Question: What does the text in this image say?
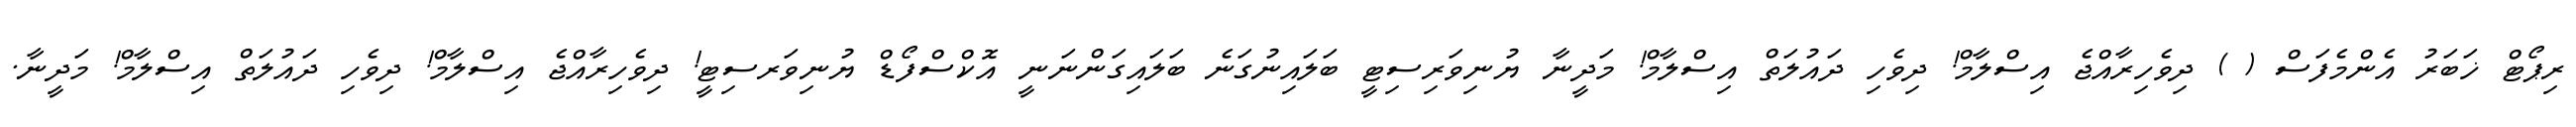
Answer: ރިޕޯޓް ޚަބަރު އެންމެފަސް ( ) ދިވެހިރާއްޖެ އިސްލާމް! ދިވެހި ދައުލަތް އިސްލާމް! މަދީނާ ޔުނިވަރިސިޓީ ބަލައިނުގަނެ ބަލައިގަންނަނީ އޮކްސްފޯޑް ޔުނިވަރސިޓީ! ދިވެހިރާއްޖެ އިސްލާމް! ދިވެހި ދައުލަތް އިސްލާމް! މަދީނާ.